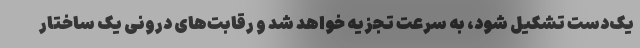
یک‌دست تشکیل شود، به سرعت تجزیه خواهد شد و رقابت‌های درونی یک ساختار